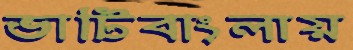
ভাটিবাংলায়